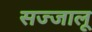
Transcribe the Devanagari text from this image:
सज्जालू